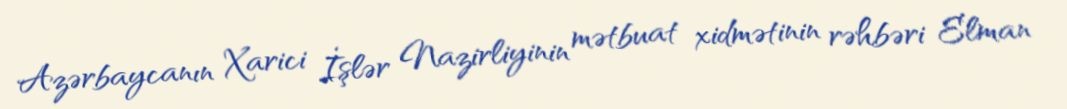
Azərbaycanın Xarici İşlər Nazirliyinin mətbuat xidmətinin rəhbəri Elman